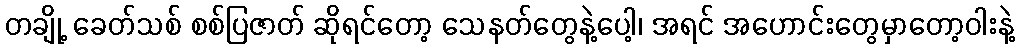
တချို့ ခေတ်သစ် စစ်ပြဇာတ် ဆိုရင်တော့ သေနတ်တွေနဲ့ပေါ့၊ အရင် အဟောင်းတွေမှာတော့ဝါးနဲ့